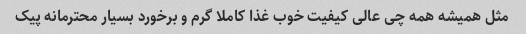
مثل همیشه همه چی عالی کیفیت خوب غذا کاملا گرم و برخورد بسیار محترمانه پیک